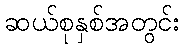
ဆယ်စုနှစ်အတွင်း